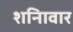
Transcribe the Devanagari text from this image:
शनिावार